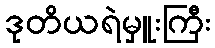
ဒုတိယရဲမှူးကြီး